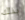
بذلك